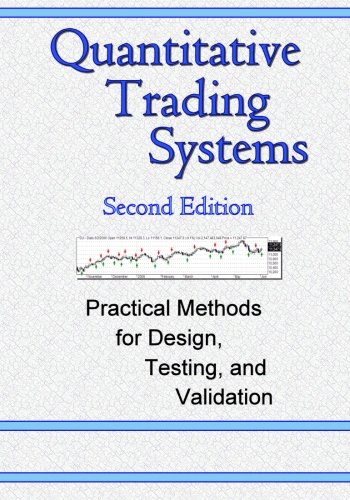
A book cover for Quantitative Trading Systems, 2nd Edition; Dr Howard B Bandy; Business & Money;